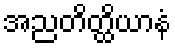
အညတိတ္ထိယာနံ